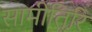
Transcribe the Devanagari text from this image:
सामीतिरि